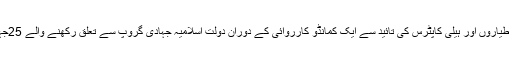
13اگست ( سیاست ڈاٹ کام ) روسی لڑاکا طیاروں اور ہیلی کاپٹرس کی تائید سے ایک کمانڈو کارروائی کے دوران دولت اسلامیہ جہادی گروپ سے تعلق رکھنے والے 25جہادی وسطی شام میں ہلاک کردیئے گئے ۔